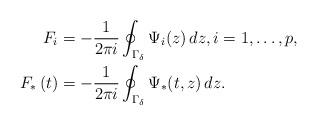
LaTeX: \begin{align*}{F}_{i} & =-\frac{1}{2\pi i}\oint_{\Gamma_{\delta}}\Psi_{i}(z)\,dz,i=1,\dots,p,\\{F}_{*}\left(t\right) & =-\frac{1}{2\pi i}\oint_{\Gamma_{\delta}}\Psi_{*}(t,z)\,dz.\end{align*}